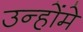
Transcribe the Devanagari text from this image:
उन्होंमे